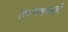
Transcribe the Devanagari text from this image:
तरंगमबाड़ी